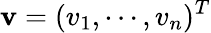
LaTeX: \mathbf{v}=(v_{1},\cdots,v_{n})^{T}